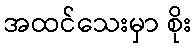
အထင်သေးမှာ စိုး